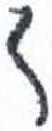
אות: ד